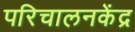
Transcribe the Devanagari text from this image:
परिचालनकेंद्र